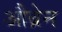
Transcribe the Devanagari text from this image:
औब्रेन